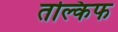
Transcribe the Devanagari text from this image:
तल्किफ